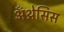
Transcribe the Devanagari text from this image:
अँथ्रेसिस